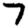
Digit: 7